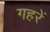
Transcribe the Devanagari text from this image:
गहरें